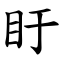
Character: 盱